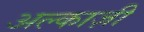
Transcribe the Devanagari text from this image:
अल्काज़ी